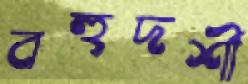
বহুদর্শী